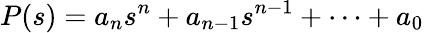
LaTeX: P(s)=a_{n}s^{n}+a_{n-1}s^{n-1}+\cdots+a_{0}